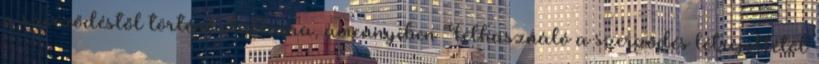
a szerződéstől történő elállásra, amennyiben Felhasználó a szerződés létrejöttétől